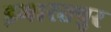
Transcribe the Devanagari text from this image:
इमारतपुर